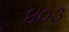
૪૦૩